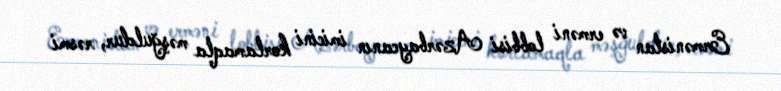
Ermənistan və erməni lobbisi Azərbaycanın imicini korlamaqla məşğuldur, rəsmi